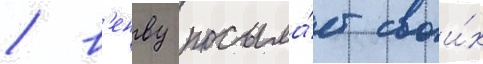
/ в'енву посыла́ет свои́х